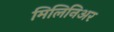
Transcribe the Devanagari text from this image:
मिलिनिअर